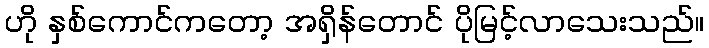
ဟို နှစ်ကောင်ကတော့ အရှိန်တောင် ပိုမြင့်လာသေးသည်။